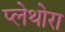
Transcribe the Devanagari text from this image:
प्लेथोरा